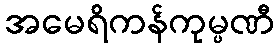
အမေရိကန်ကုမ္ပဏီ